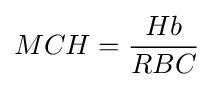
MCH={\frac {Hb}{RBC}}